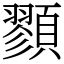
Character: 顟